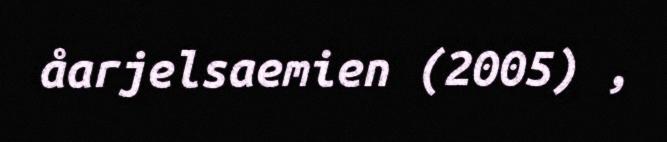
åarjelsaemien (2005) ,